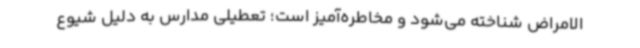
‌الامراض شناخته می‌شود و مخاطره‌آمیز است؛ تعطیلی مدارس به دلیل شیوع